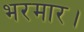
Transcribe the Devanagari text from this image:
भरमार।